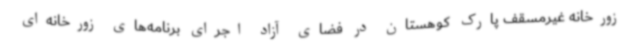
زورخانه غیرمسقف پارک کوهستان در فضای آزاد اجرای برنامه‌های زورخانه‌ای